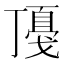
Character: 𢧻